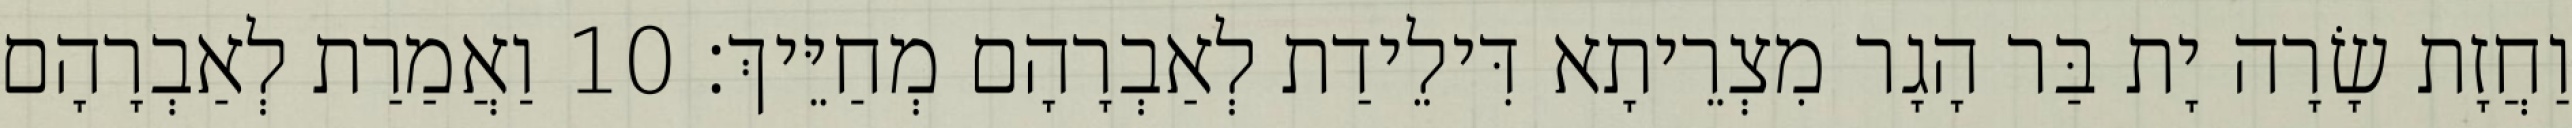
וַחֲזָת שָׂרָה יָת בַּר הָגָר מִצְרֵיתָא דִּילֵידַת לְאַבְרָהָם מְחַיֵּיךְ׃ 10 וַאֲמַרַת לְאַבְרָהָם